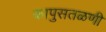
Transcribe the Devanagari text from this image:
कापुसतळणी